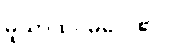
မူယာထင်မိလေ၏။